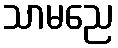
သာမညေ